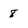
Character: 8